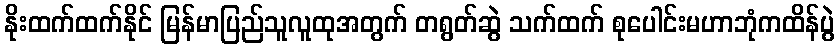
နိုးထက်ထက်နိုင် မြန်မာပြည်သူလူထုအတွက် တရွတ်ဆွဲ သက်ထက် စုပေါင်းမဟာဘုံကထိန်ပွဲ